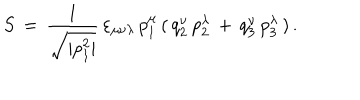
S \, = \, \frac { 1 } { \sqrt { | p _ { 1 } ^ { 2 } | } } \, \varepsilon _ { \mu \nu \lambda } \, p _ { 1 } ^ { \mu } \, ( \, q _ { 2 } ^ { \nu } \, p _ { 2 } ^ { \lambda } \, + \, q _ { 3 } ^ { \nu } \, p _ { 3 } ^ { \lambda } \, ) \, { . }